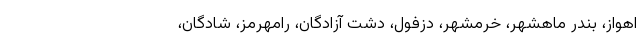
اهواز، بندر ماهشهر، خرمشهر، دزفول، دشت آزادگان، رامهرمز، شادگان،